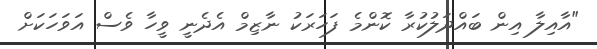
"އާއިލާ އިން ބައްދަލުކުރާ ކޮންމެ ފަހަރަކު ނާޒިމް އެދެނީ ވީހާ ވެސް އަވަހަކަށް